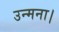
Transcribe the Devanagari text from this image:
उन्मना।